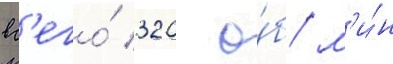
вс'его́ 320 о́б/ м'и́н